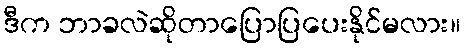
ဒီက ဘာခလဲဆိုတာပြောပြပေးနိုင်မလား။